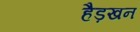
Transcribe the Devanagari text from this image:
हैड़खन